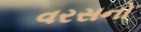
વરસનો